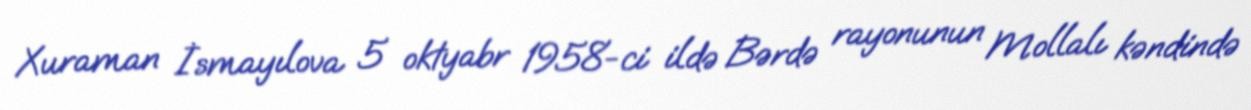
Xuraman İsmayılova 5 oktyabr 1958-ci ildə Bərdə rayonunun Mollalı kəndində